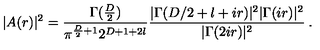
| A ( r ) | ^ { 2 } = \frac { \Gamma ( \frac { D } { 2 } ) } { \pi ^ { \frac { D } { 2 } + 1 } 2 ^ { D + 1 + 2 l } } \frac { | \Gamma ( D / 2 + l + i r ) | ^ { 2 } | \Gamma ( i r ) | ^ { 2 } } { | \Gamma ( 2 i r ) | ^ { 2 } } \: .